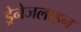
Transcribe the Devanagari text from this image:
ड्रेनेजलाइन